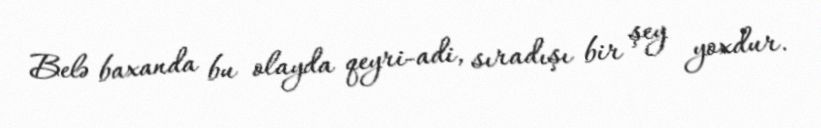
Belə baxanda bu olayda qeyri-adi, sıradışı bir şey yoxdur.